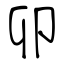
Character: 卯